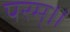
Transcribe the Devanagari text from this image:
परम्॥